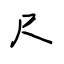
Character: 尺